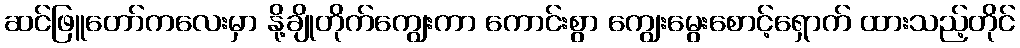
ဆင်ဖြူတော်ကလေးမှာ နို့ချိုတိုက်ကျွေးကာ ကောင်းစွာ ကျွေးမွေးစောင့်ရှောက် ထားသည့်တိုင်